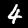
Label: 4